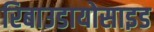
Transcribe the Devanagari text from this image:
रिबाउडायोसाइड